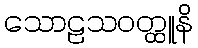
သောဠသဝတ္ထူနိ